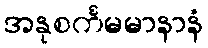
အနုစင်္ကမမာနာနံ